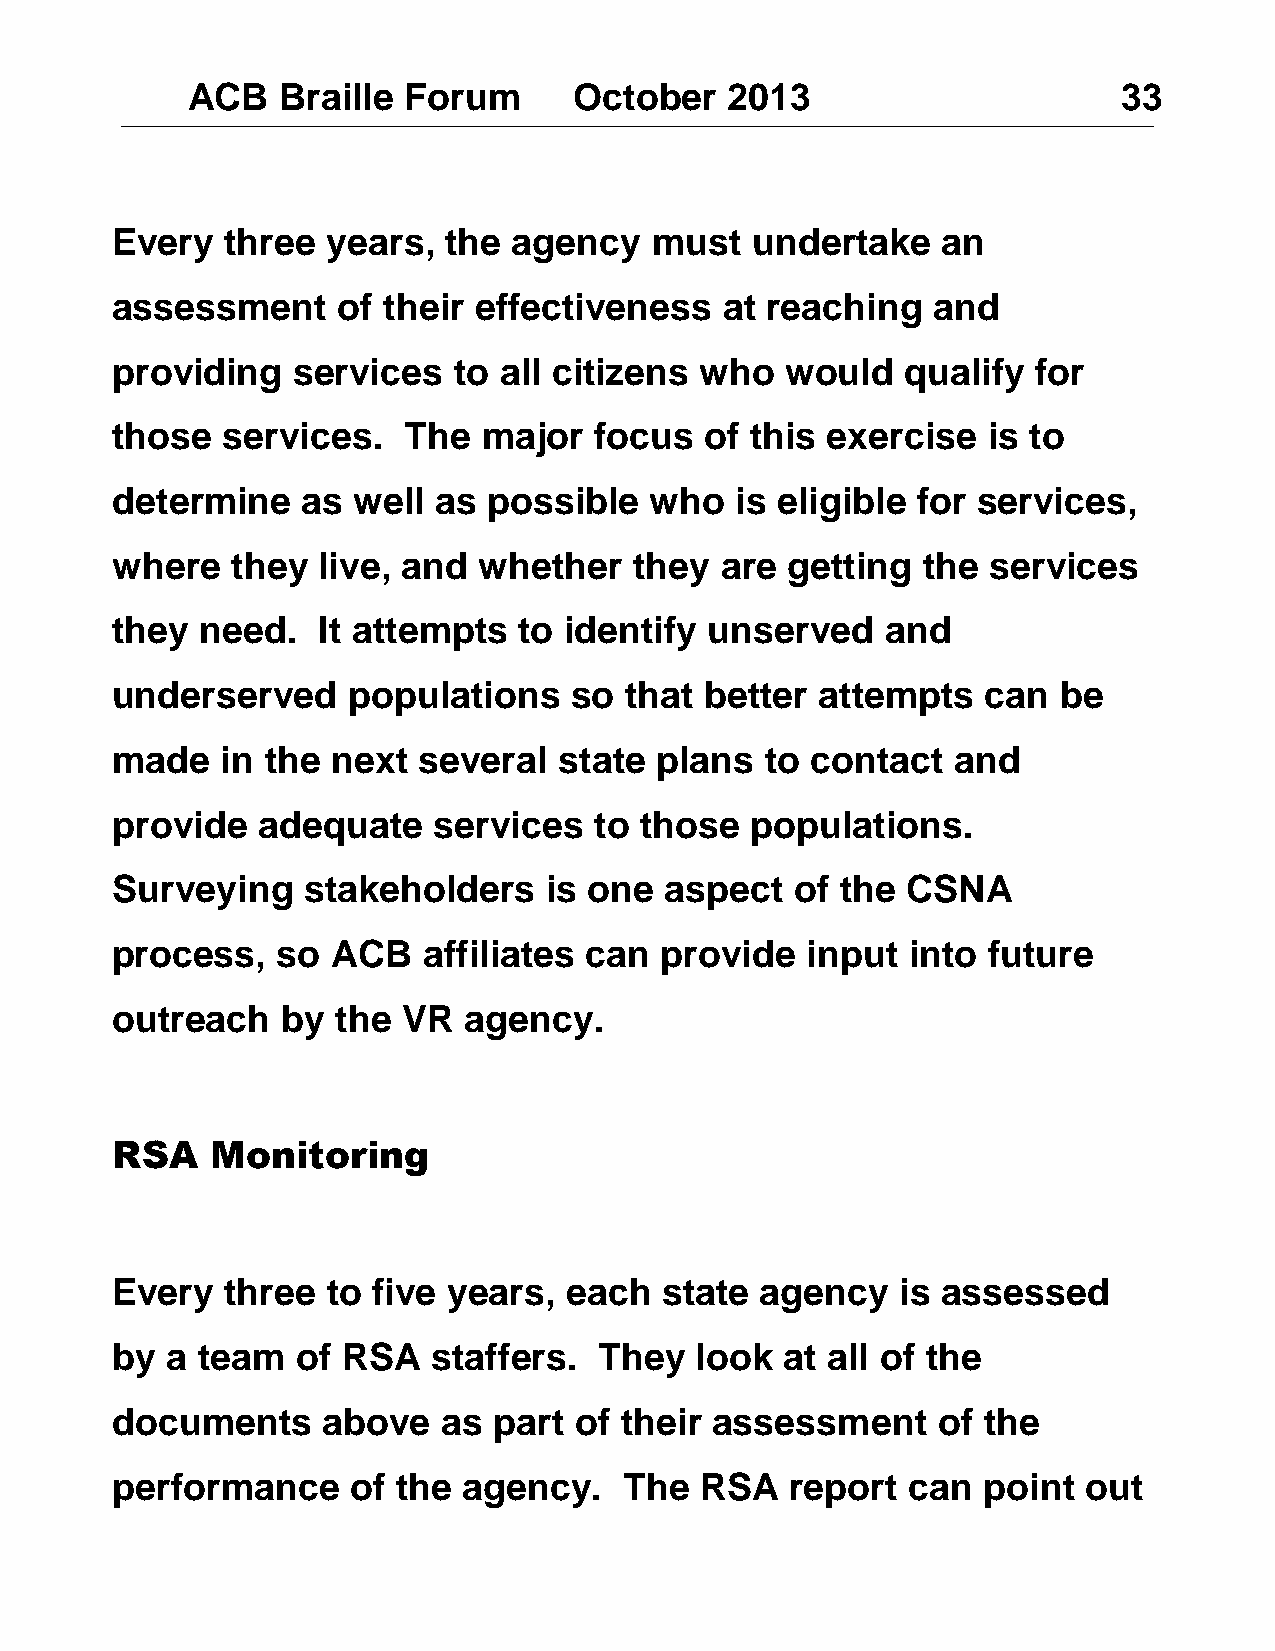
ACB   Braille  Forum      October   2013                      33
 Every   three  years,  the agency   must   undertake   an
 assessment     of their effectiveness    at reaching   and
 providing   services   to all citizens who   would   qualify  for
 those   services.   The  major  focus   of this exercise  is to
 determine    as well  as possible   who   is eligible for services,
 where   they  live, and  whether   they  are getting  the  services
 they  need.   It attempts  to identify  unserved    and
 underserved     populations    so that  better attempts   can  be
 made    in the next  several  state plans   to contact  and
 provide   adequate    services  to those   populations.
 Surveying    stakeholders    is one  aspect   of the CSNA
 process,   so  ACB   affiliates can  provide  input  into future
 outreach    by the  VR  agency.
 RSA    Monitoring
 Every   three  to five years, each   state agency    is assessed
 by  a team   of RSA   staffers.  They  look  at all of the
 documents     above   as  part of their assessment     of the
 performance     of the  agency.   The  RSA   report  can  point  out